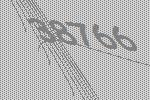
38766